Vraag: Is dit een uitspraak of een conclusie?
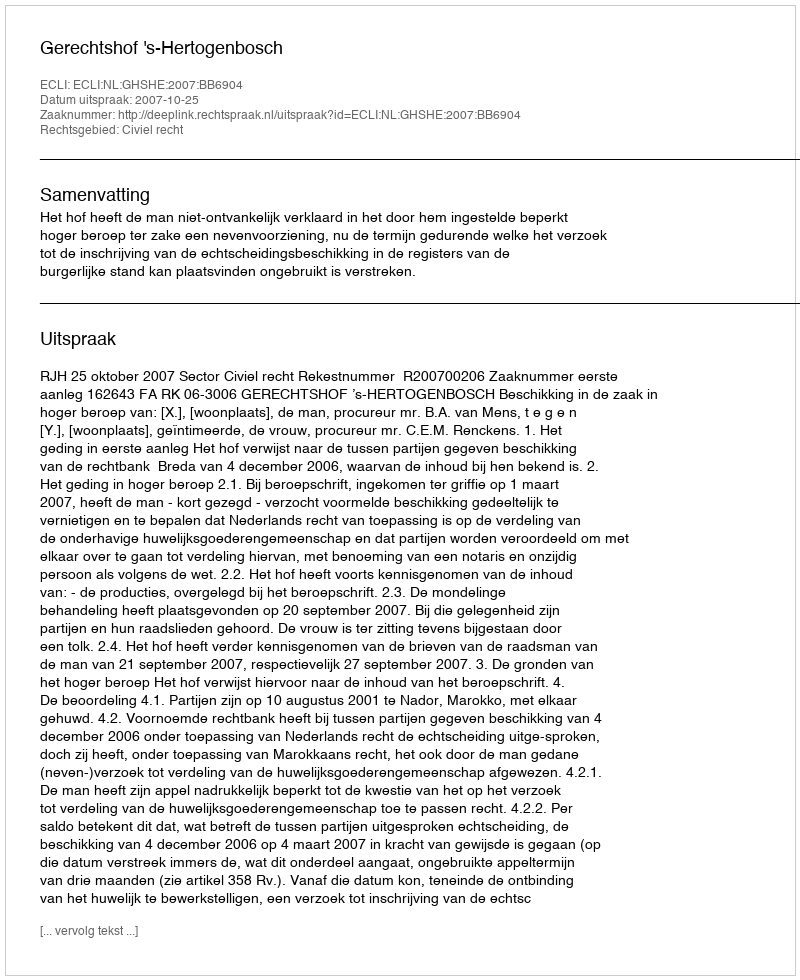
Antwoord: Uitspraak